Report of the Indian Hemp Drugs Commission, 1894-1895 - Volume IV
Year: 1894
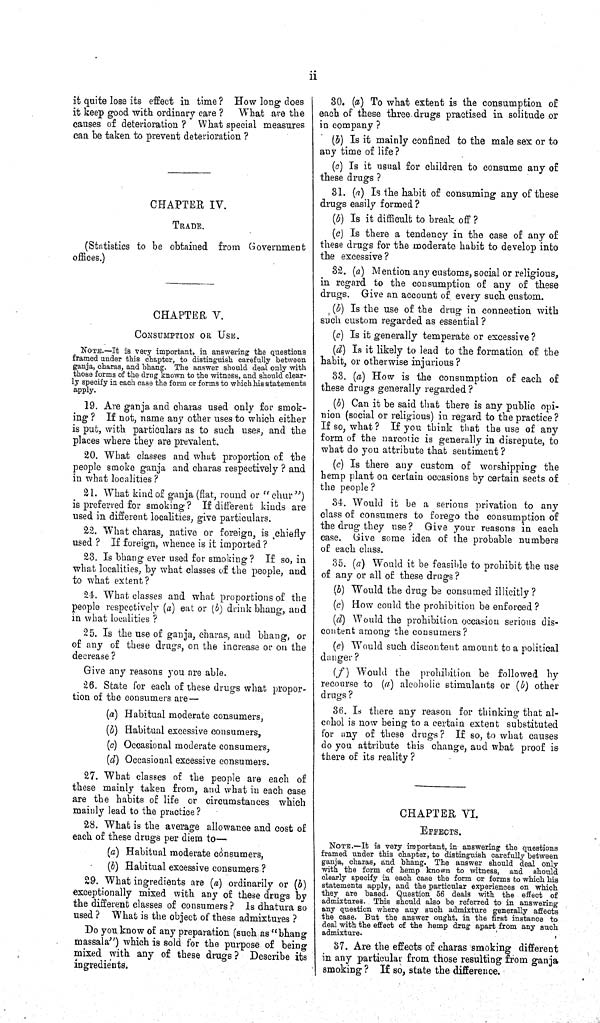
ii
it quite lose its effect in time? How long does
it keep good with ordinary care? What are the
causes of deterioration? What special measures
can be taken to prevent deterioration?
CHAPTER IV.
TRADE.
(Statistics to be obtained from Government
offices.)
CHAPTER V.
CONSUMPTION OR USE.
NOTE.—It is very important, in answering the questions
framed under this chapter, to distinguish carefully between
ganja, charas, and bhang. The answer should deal only with
those forms of the drug known to the witness, and should clear-
ly specify in each case the form or forms to which his statements
apply.
19. Are ganja and charas used only for smok-
ing? If not, name any other uses to which either
is put, with particulars as to such uses, and the
places where they are prevalent.
20. What classes and what proportion of the
people smoke ganja and charas respectively? and
in what localities?
21. What kind of ganja (flat, round or "chur")
is preferred for smoking? If different kinds are
used in different localities, give particulars.
22. What charas, native or foreign, is chiefly
used? If foreign, whence is it imported?
23. Is bhang ever used for smoking? If so, in
what localities, by what classes of the people, and
to what extent?
24. What classes and what proportions of the
people respectively (a) eat or (b) drink bhang, and
in what localities?
25. Is the use of ganja, charas, and bhang, or
of any of these drugs, on the increase or on the
decrease?
Give any reasons you are able.
26. State for each of these drugs what propor-
tion of the consumers are—
(a) Habitual moderate consumers,
(b) Habitual excessive consumers,
(c) Occasional moderate consumers,
(d) Occasional excessive consumers.
27. What classes of the people are each of
these mainly taken from, and what in each case
are the habits of life or circumstances which
mainly lead to the practice?
28. What is the average allowance and cost of
each of these drugs per diem to—
(a) Habitual moderate consumers,
(b) Habitual excessive consumers?
29. What ingredients are (a) ordinarily or (b)
exceptionally mixed with any of these drugs by
the different classes of consumers? Is dhatura so
used? What is the object of these admixtures?
Do you know of any preparation (such as "bhang
massala") which is sold for the purpose of being
mixed with any of these drugs? Describe its
ingredients.
30. (a) To what extent is the consumption of
each of these three drugs practised in solitude or
in company?
(b) Is it mainly confined to the male sex or to
any time of life?
(c) Is it usual for children to consume any of
these drugs?
31. (a) Is the habit of consuming any of these
drugs easily formed?
(b) Is it difficult to break off?
(c) Is there a tendency in the case of any of
these drugs for the moderate habit to develop into
the excessive?
32. (a) Mention any customs, social or religious,
in regard to the consumption of any of these
drugs. Give an account of every such custom.
(b) Is the use of the drug in connection with
such custom regarded as essential?
(c) Is it generally temperate or excessive?
(d) Is it likely to lead to the formation of the
habit, or otherwise injurious?
33. (a) How is the consumption of each of
these drugs generally regarded?
(b) Can it be said that there is any public opi-
nion (social or religious) in regard to the practice?
If so, what? If you think that the use of any
form of the narcotic is generally in disrepute, to
what do you attribute that sentiment?
(c) Is there any custom of worshipping the
hemp plant on certain occasions by certain sects of
the people?
34. Would it be a serious privation to any
class of consumers to forego the consumption of
the drug they use? Give your reasons in each
case. Give some idea of the probable numbers
of each class.
35. (a) Would it be feasible to prohibit the use
of any or all of these drugs?
(b) Would the drug be consumed illicitly?
(c) How could the prohibition be enforced?
(d) Would the prohibition occasion serious dis-
content among the consumers?
(e) Would such discontent amount to a political
danger?
(f) Would the prohibition be followed by
recourse to (a) alcoholic stimulants or (b) other
drugs?
36. Is there any reason for thinking that al-
cohol is now being to a certain extent substituted
for any of these drugs? If so, to what causes
do you attribute this change, and what proof is
there of its reality?
CHAPTER VI.
EFFECTS.
NOTE.—It is very important, in answering the questions
framed under this chapter, to distinguish carefully between
ganja, charas, and bhang. The answer should deal only
with the form of hemp known to witness, and should
clearly specify in each case the form or forms to which his
statements apply, and the particular experiences on which
they are based. Question 56 deals with the effect of
admixtures. This should also be referred to in answering
any question where any such admixture generally affects
the case. But the answer ought, in the first instance to
deal with the effect of the hemp drug apart from any such
admixture.
37. Are the effects of charas smoking different
in any particular from those resulting from ganja
smoking? If so, state the difference.